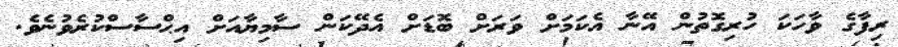
ރިފާގެ ވާހަކަ ހުރިގޮތުން އޭނާ އެކަމަށް ވަރަށް ބޮޑަށް އެދޭކަން ސާމިޔާއަށް އިޙްސާސްކުރެވުނެވެ.